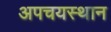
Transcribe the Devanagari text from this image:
अपचयस्थान